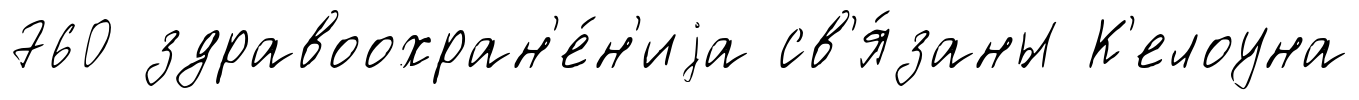
760 здравоохран'е́н'иjа св'я́заны К'елоуна